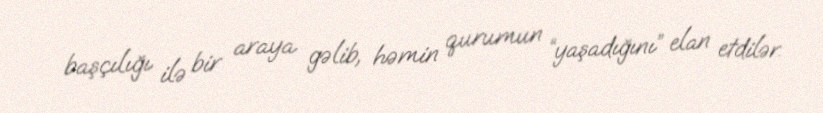
başçılığı ilə bir araya gəlib, həmin qurumun “yaşadığını” elan etdilər.